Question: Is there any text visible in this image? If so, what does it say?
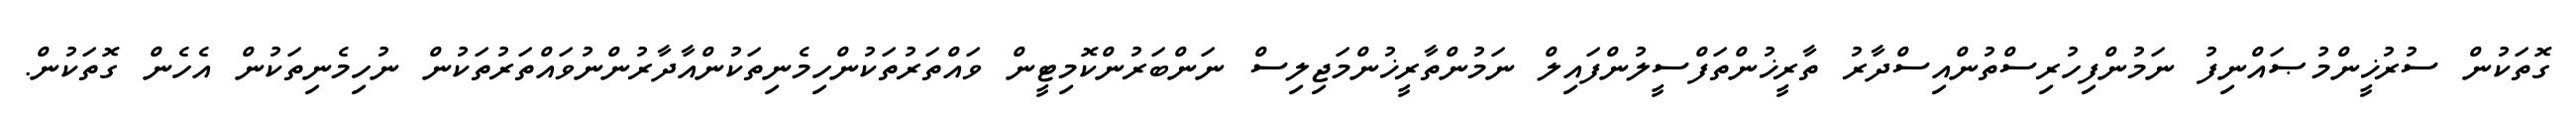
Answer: ގޮތަކުން ސުރުޚީންމުޞައްނިފު ނަމުންފިހުރިސްތުންއިސްދާރު ތާރީޚުންތަފްސީލުންފައިލް ނަމުންތާރީޚުންމަޖިލިސް ނަންބަރުންކޮމިޓީން ވައްތަރުތަކުންހިމެނިތަކުންއާދާރުންނުވައްތަރުތަކުން ނުހިމެނިތަކުން އެހެން ގޮތަކުން.